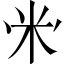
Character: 𱸳